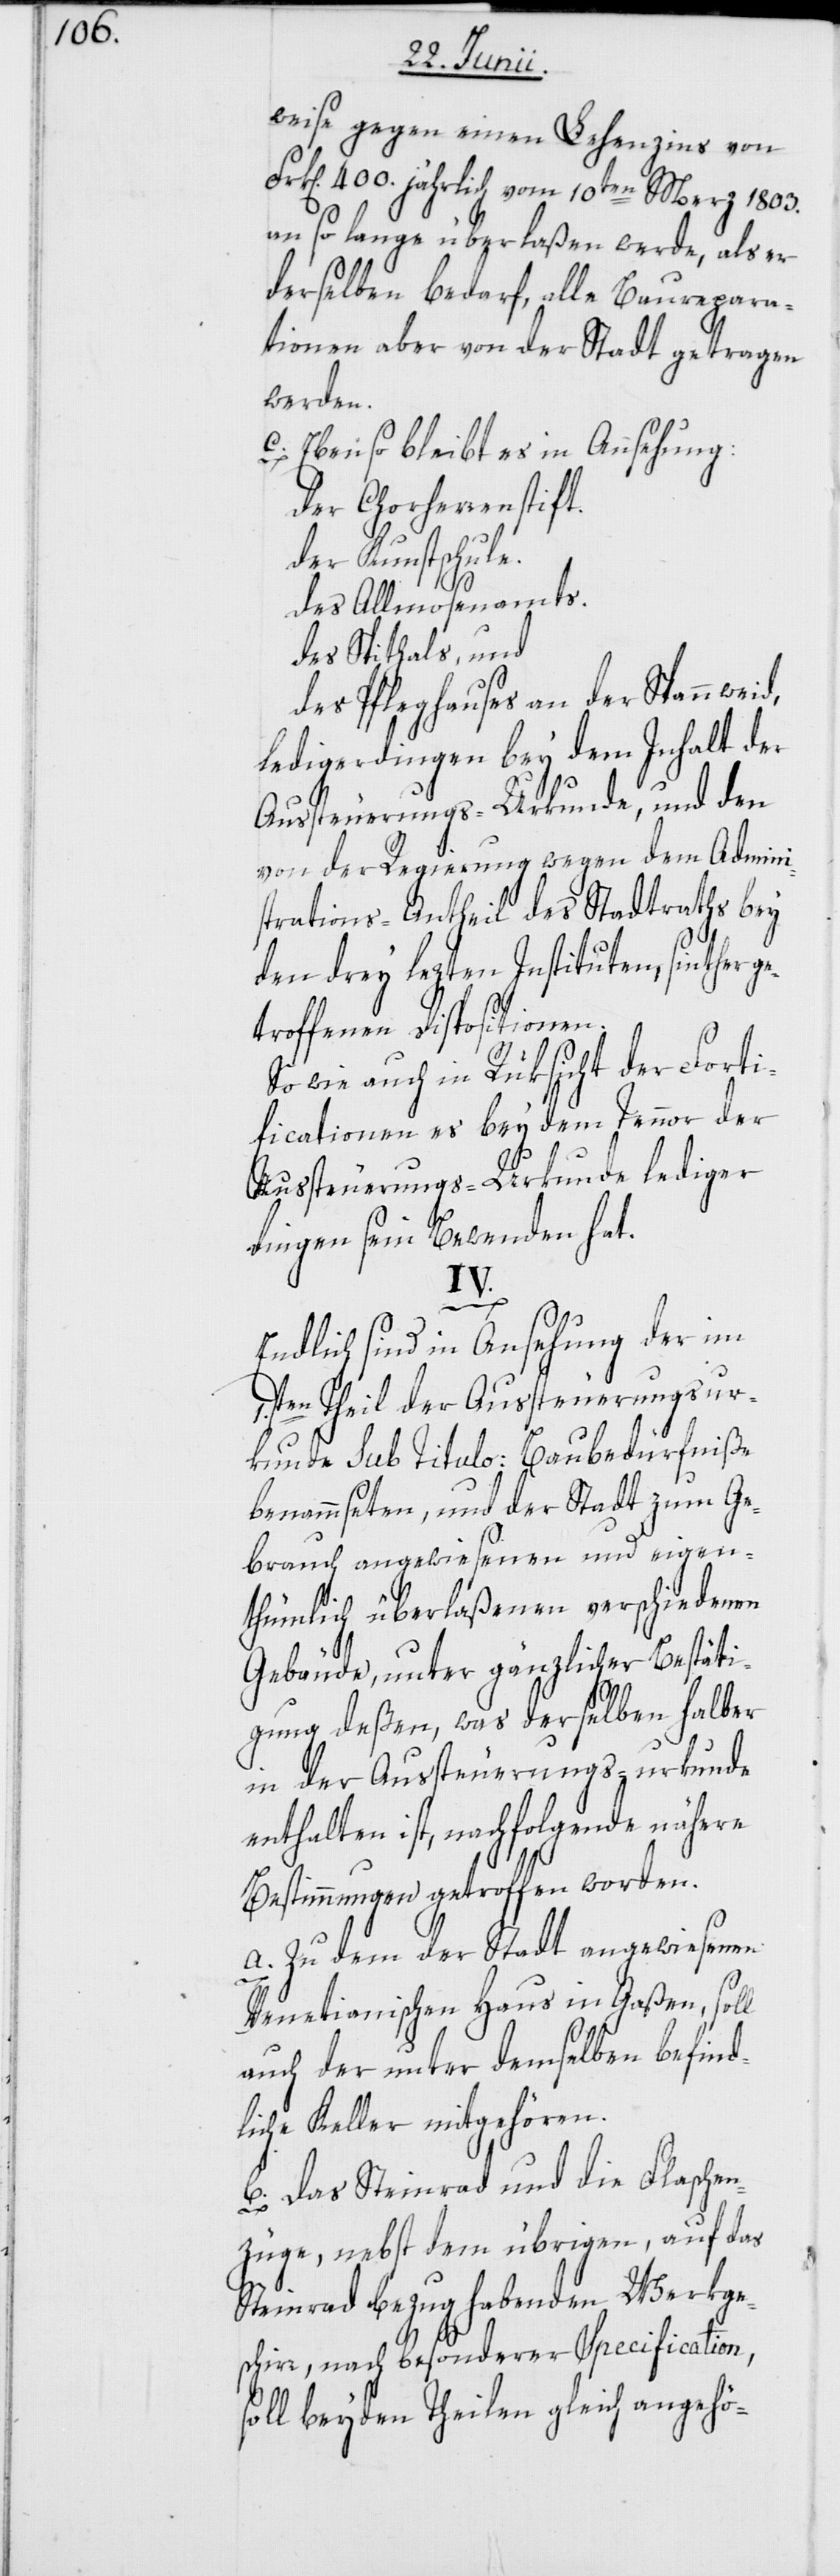
weise gegen einen Lehenzins von
rk[en]. 400. jährlich vom 10ten Merz 1803.
an so lange überlaßen werde, als er
derselben bedarf, alle Baurepara¬
tionen aber von der Stadt getragen
werden.
c. Ebenso bleibt es in Ansehung:
Der Chorherrenstift.
Der Kunstschule.
Des Allmosenamts.
Des Spithals, und
Des Pfleghauses an der Spannweid,
ledigerdingen bey dem Inhalt der
Aussteuerungs-Urkunde, und den
von der Regierung wegen dem Admini¬
strations-Antheil des Stadtraths bey
den drey lezten Instituten, sinther g¬
etroffenen Dispositionen.
So wie auch in Rüksicht der Forti¬
ficationen es bey dem Tennor der
Aussteuerungs-Urkunde lediger
dingen sein Bewenden hat.
IV.
F¬
Endlich sind in Ansehung der im
1.sten Theil der Aussteuerungsu¬
rkunde sub Titulo: Baubedürfniße
benammseten, und der Stadt zum Ge¬
brauch angewiesenen und eigen¬
thümlich überlaßenen verschiedenen
Gebäude, unter gänzlicher Bestäti¬
gung deßen, was derselben halber
in der Aussteuerungs-urkunde
enthalten ist, nachfolgende nähere
Bestimmungen getroffen worden.
a. Zu dem der Stadt angwiesenen
Venetianischen Haus in Gaßen, soll
auch der unter demselben befind¬
liche Keller mitgehören.
b. Das Steinrad und die Flaschen¬
züge, nebst dem übrigen, auf das
Steinrad Bezug habenden Werkge¬
schirr, nach besonderer Specification,
soll beyden Theilen gleich angehö-